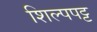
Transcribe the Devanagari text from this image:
शिल्पपट्ट